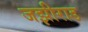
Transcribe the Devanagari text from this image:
जझीराड